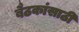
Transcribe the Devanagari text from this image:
बैठकांसाठी